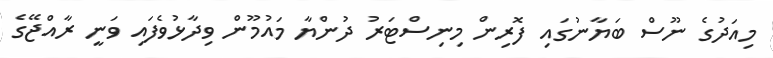
މިއަދުގެ ނޫސް ބަޔާނުގައި ފޮރިން މިނިސްޓަރު ދުންޔާ މައުމޫން ވިދާޅުވެފައި ވަނީ ރާއްޖޭގެ